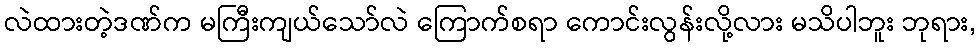
လဲထားတဲ့ဒဏ်က မကြီးကျယ်သော်လဲ ကြောက်စရာ ကောင်းလွန်းလို့လား မသိပါဘူး ဘုရား,